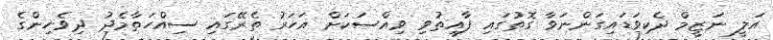
އަލީ ނަޒީމް ދެކިވަޑައިގަންނަވާ ގޮތުގައި ފާއިތުވި ވިއްސަކަށް އަހަރު ތެރޭގައި ސިއްހަތާމެދު ދިވެހިންގެ